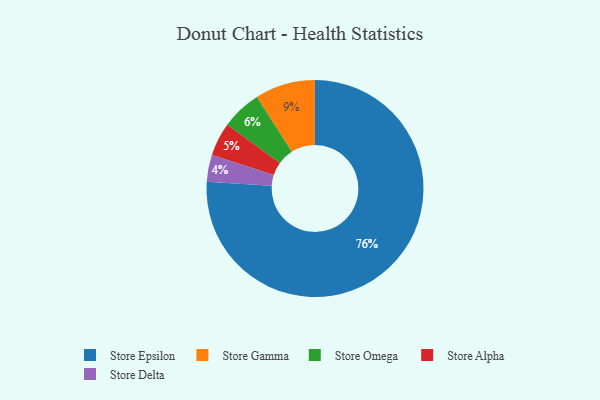
{"axis": {"x": "Category", "y": "Percentage"}, "legend": ["Store Alpha", "Store Delta", "Store Epsilon", "Store Gamma", "Store Omega"], "data": [{"x": "Store Omega", "y": 6, "type": "Store Omega"}, {"x": "Store Delta", "y": 4, "type": "Store Delta"}, {"x": "Store Gamma", "y": 9, "type": "Store Gamma"}, {"x": "Store Epsilon", "y": 76, "type": "Store Epsilon"}, {"x": "Store Alpha", "y": 5, "type": "Store Alpha"}]}